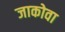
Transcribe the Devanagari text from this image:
जाकोवा